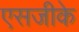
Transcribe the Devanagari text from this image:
एसजीके